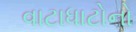
વાટાધાટોનો